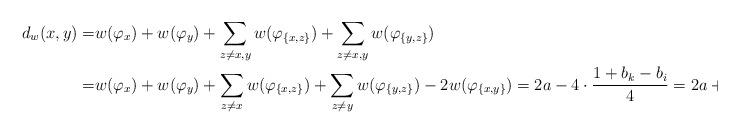
LaTeX: \begin{align*}d_{w}(x,y)= & w(\varphi_{x})+w(\varphi_{y})+\sum_{z\neq x,y}w(\varphi_{\{x,z\}})+\sum_{z\neq x,y}w(\varphi_{\{y,z\}})\\= & w(\varphi_{x})+w(\varphi_{y})+\sum_{z\neq x}w(\varphi_{\{x,z\}})+\sum_{z\neq y}w(\varphi_{\{y,z\}})-2w(\varphi_{\{x,y\}})=2a-4\cdot\frac{1+b_{k}-b_{i}}{4}=2a+b_{i}-1-b_{k}\end{align*}